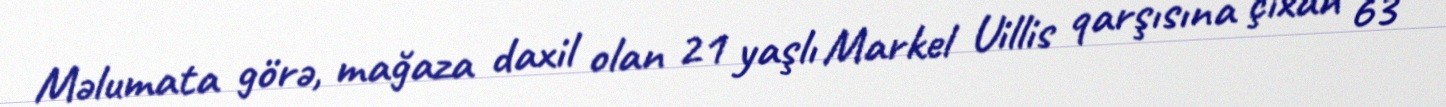
Məlumata görə, mağaza daxil olan 21 yaşlı Markel Uillis qarşısına çıxan 63